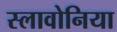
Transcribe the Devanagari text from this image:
स्लावोनिया